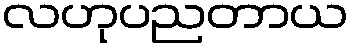
လဟုပညတာယ